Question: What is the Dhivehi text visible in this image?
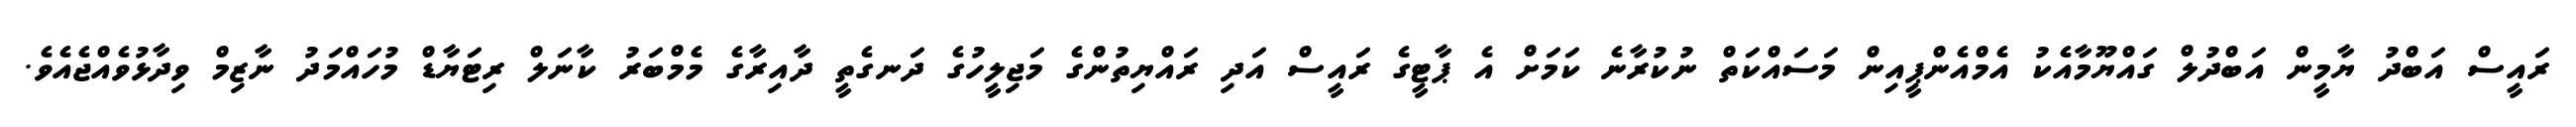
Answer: ރައީސް އަބްދު ޔާމީން އަބްދުލް ގައްޔޫމާއެކު އެމްއެންޕީއިން މަސައްކަތް ނުކުރާނެ ކަމަށް އެ ޕާޓީގެ ރައީސް އަދި ރައްޔިތުންގެ މަޖިލީހުގެ ދަނގެތީ ދާއިރާގެ މެމްބަރު ކާނަލް ރިޓަޔާޑް މުހައްމަދު ނާޒިމް ވިދާޅުވެއްޖެއެވެ.